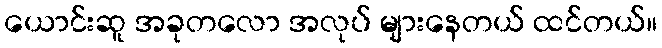
ယောင်းဆူ အခုတလော အလုပ် များနေတယ် ထင်တယ်။